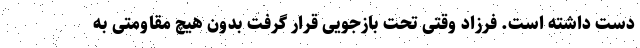
دست داشته است. فرزاد وقتی تحت بازجویی قرار گرفت بدون هیچ مقاومتی به